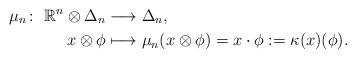
LaTeX: \begin{align*}\mu_n\colon \ \mathbb{R}^n\otimes \Delta_n &\longrightarrow\Delta_n, \\x \otimes \phi &\longmapsto \mu_n(x\otimes \phi)=x\cdot\phi :=\kappa(x)(\phi) .\end{align*}